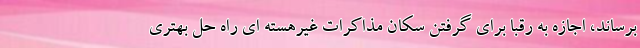
برساند، اجازه به رقبا برای گرفتن سکان مذاکرات غیرهسته ای راه حل بهتری